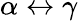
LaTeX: \alpha\leftrightarrow\gamma